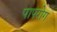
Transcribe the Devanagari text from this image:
पापरोग